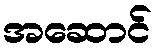
အဆောင်